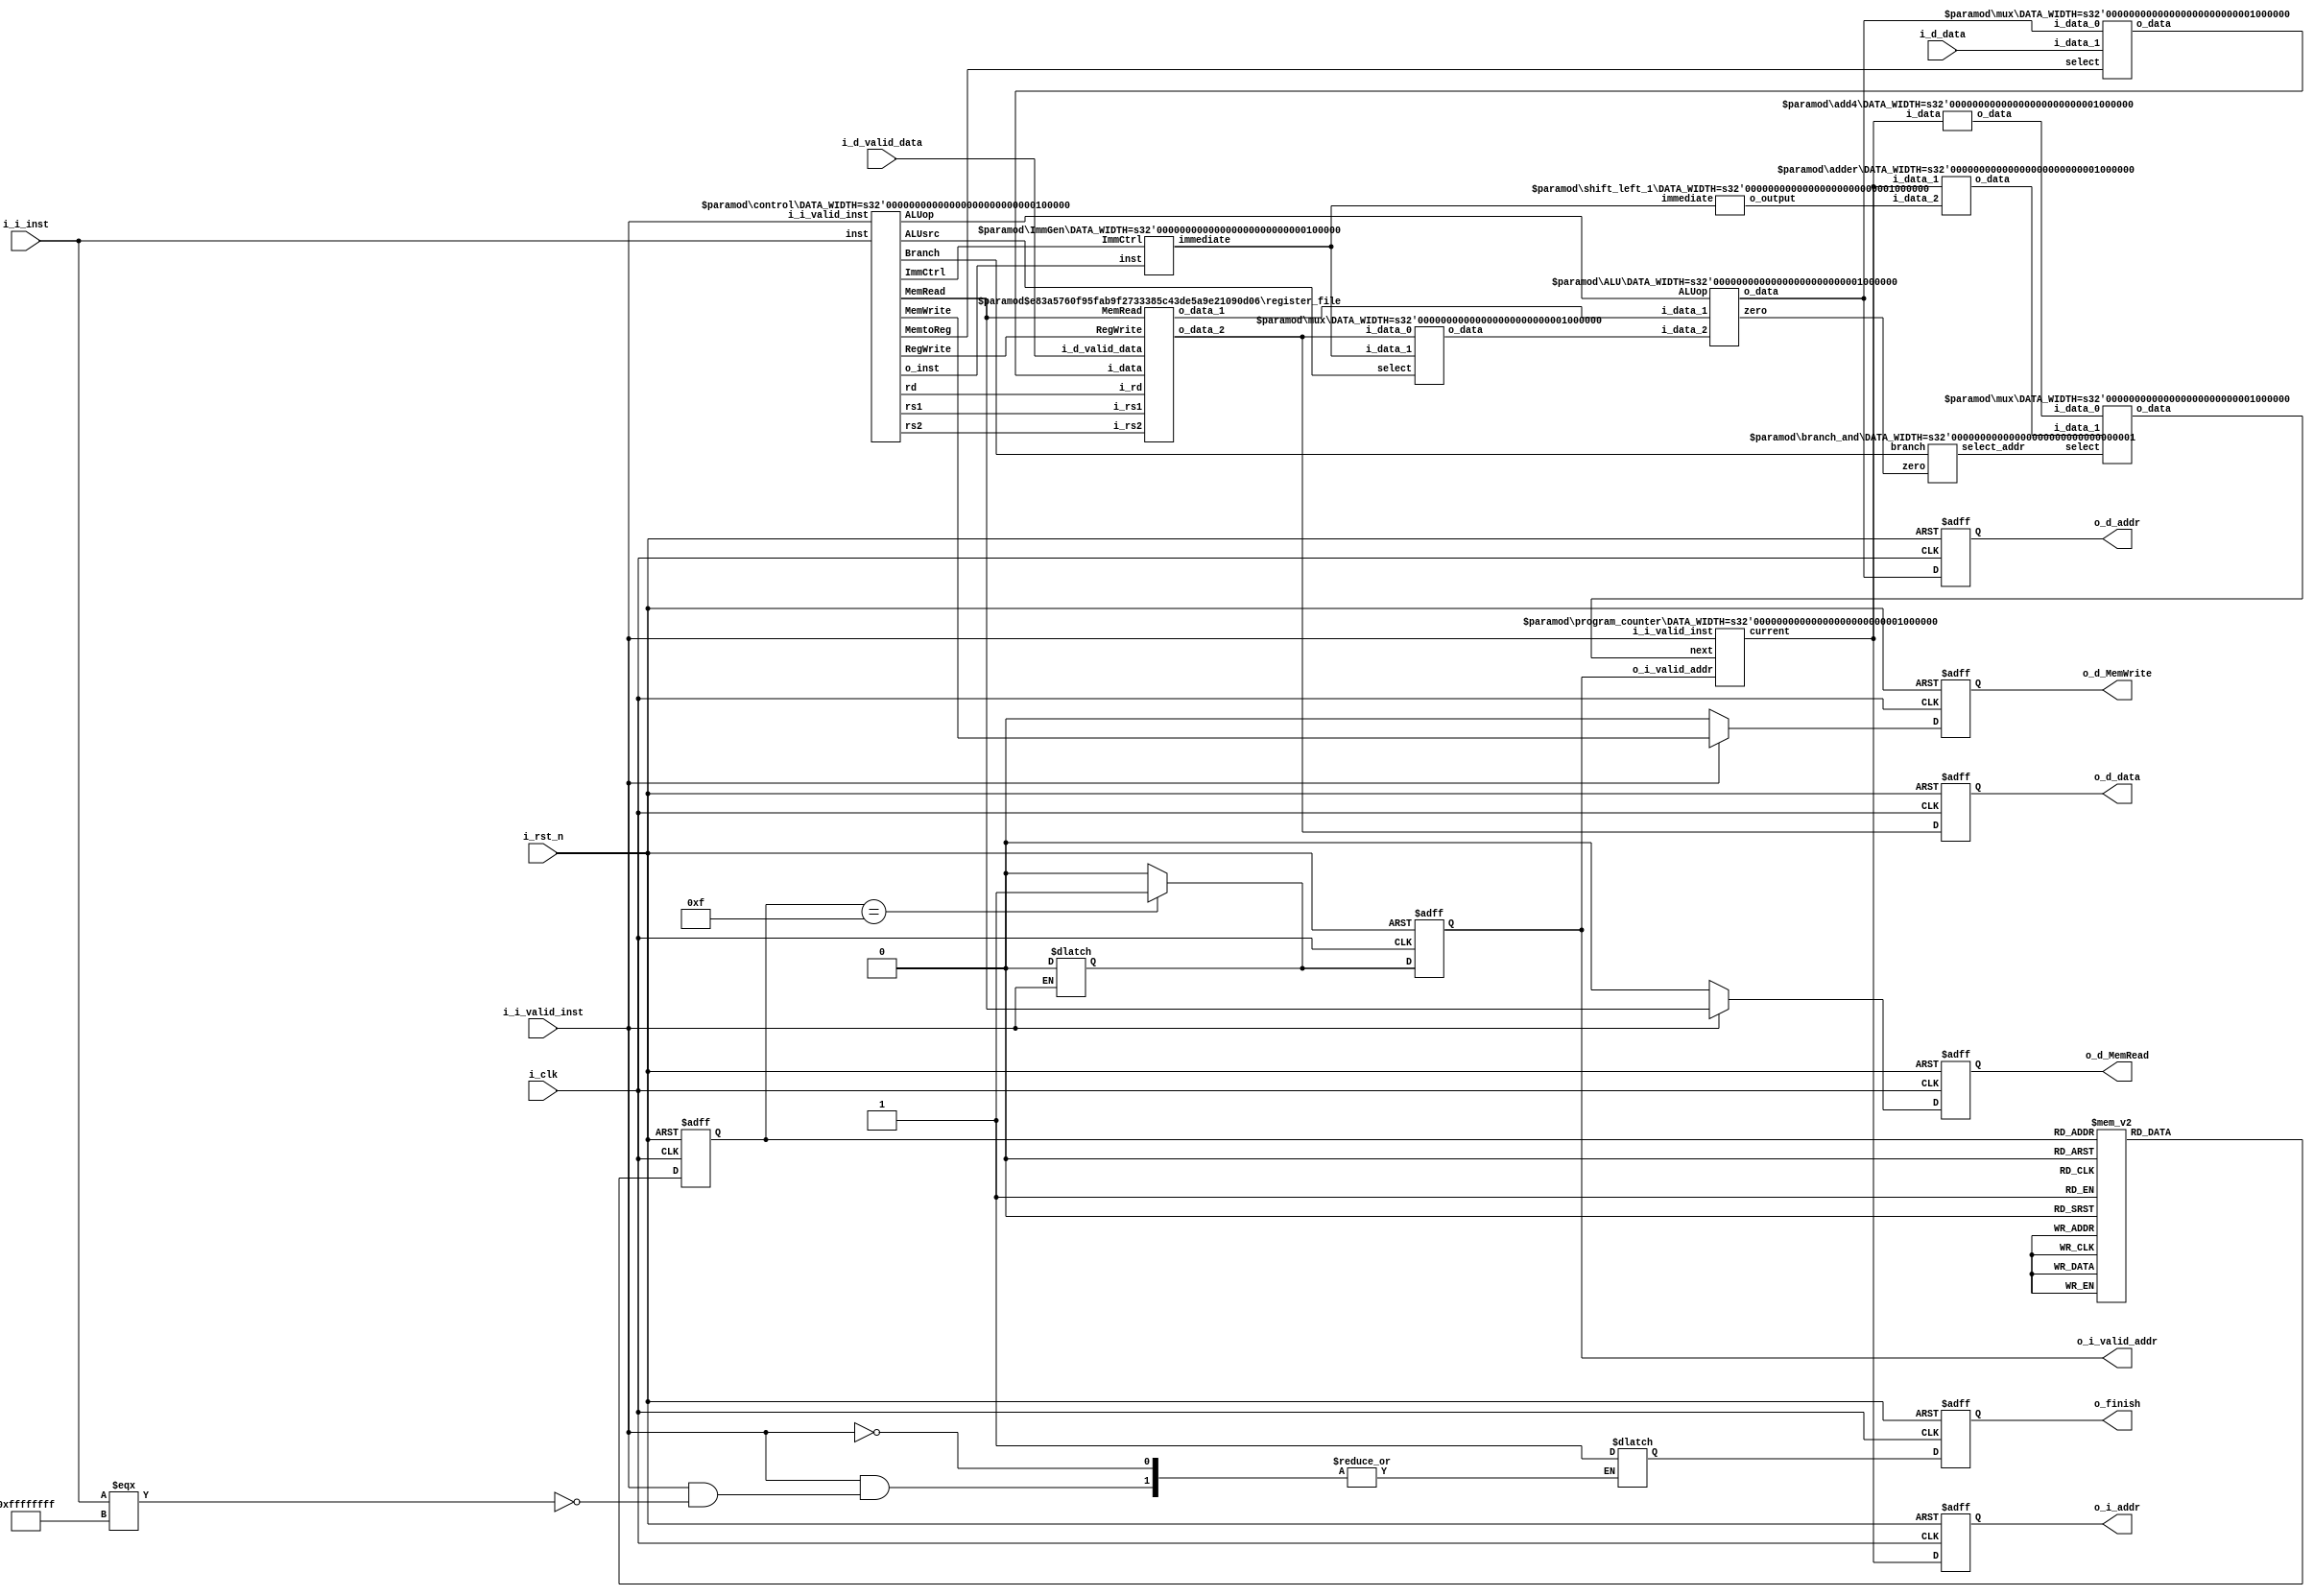
module cpu #( // Do not modify interface
	parameter ADDR_W = 64,
	parameter INST_W = 32,
	parameter DATA_W = 64
)(
    input                   i_clk,
    input                   i_rst_n,
    input                   i_i_valid_inst, // from instruction memory
    input  [ INST_W-1 : 0 ] i_i_inst,       // from instruction memory
    input                   i_d_valid_data, // from data memory
    input  [ DATA_W-1 : 0 ] i_d_data,       // from data memory
    output                  o_i_valid_addr, // to instruction memory
    output [ ADDR_W-1 : 0 ] o_i_addr,       // to instruction memory
    output [ DATA_W-1 : 0 ] o_d_data,       // to data memory
    output [ ADDR_W-1 : 0 ] o_d_addr,       // to data memory
    output                  o_d_MemRead,    // to data memory
    output                  o_d_MemWrite,   // to data memory
    output                  o_finish
);

// homework

	reg                  o_i_valid_addr_r, o_i_valid_addr_w; // to instruction memory
    reg [ ADDR_W-1 : 0 ] o_i_addr_r, o_i_addr_w;       // to instruction memory
    reg [ DATA_W-1 : 0 ] o_d_data_r, o_d_data_w;       // to data memory
    reg [ ADDR_W-1 : 0 ] o_d_addr_r, o_d_addr_w;       // to data memory
    reg                  o_d_MemRead_r, o_d_MemRead_w;   // to data memory
    reg                  o_d_MemWrite_r, o_d_MemWrite_w;   // to data memory
    reg                  o_finish_r, o_finish_w;
	
	assign o_i_valid_addr = o_i_valid_addr_r; // to instruction memory
    assign o_i_addr = o_i_addr_r;       // to instruction memory
    assign o_d_data = o_d_data_r;       // to data memory
    assign o_d_addr = o_d_addr_r;       // to data memory
    assign o_d_MemRead = o_d_MemRead_r;   // to data memory
    assign o_d_MemWrite = o_d_MemWrite_r;   // to data memory
    assign o_finish = o_finish_r;


	wire [1:0] Branch;
	wire MemRead;
	wire MemtoReg;
	wire [2:0] ALUop;
	wire MemWrite;
	wire ALUsrc;
	wire RegWrite;
	wire [1:0] ImmCtrl;

	wire [31:0] inst_imm;
	wire [4:0] rs1;
	wire [4:0] rs2;
	wire [4:0] rd;

	wire [63:0] immediate;

	wire [63:0] i_adder_2;

	wire [63:0] next_addr;
	wire [63:0] current_addr;
	wire [63:0] i_pc_mux_0;
	wire [63:0] i_pc_mux_1;

	wire [63:0] i_rs_data;
	wire [63:0] rs1_data;
	wire [63:0] rs2_data;

	wire [63:0] i_ALU_2;
	wire [63:0] ALU_result;
	wire zero;

	wire select_addr;

	reg [3:0] cs;
	reg [3:0] ns;
	



	control #(
		.DATA_WIDTH(32)
	) u_control (
		.inst(i_i_inst),
		.i_i_valid_inst(i_i_valid_inst),

		.Branch(Branch),
		.MemRead(MemRead),
		.MemtoReg(MemtoReg),
		.ALUop(ALUop),
		.MemWrite(MemWrite),
		.ALUsrc(ALUsrc),
		.RegWrite(RegWrite),
		.ImmCtrl(ImmCtrl),
		.o_inst(inst_imm),
		.rs1(rs1),
		.rs2(rs2),
		.rd(rd)
	);
	ImmGen #(
		.DATA_WIDTH(32)
	) u_ImmGen (
		.ImmCtrl(ImmCtrl),
		.inst(inst_imm),
		.immediate(immediate)
	);

	shift_left_1 #(
		.DATA_WIDTH(64)
	) u_shift_left_1 (
		.immediate(immediate),
		.o_output(i_adder_2)
	);

	program_counter #(
		.DATA_WIDTH(64)
	) u_pc (
		.i_i_valid_inst(i_i_valid_inst),
		.o_i_valid_addr(o_i_valid_addr),

		.next(next_addr), //input
		.current(current_addr)  //output
	);
	add4 #(
		.DATA_WIDTH(64)
	) u_add4 (
		.i_data(current_addr),
		.o_data(i_pc_mux_0)
	);

	adder #(
		.DATA_WIDTH(64)
	) u_adder (
		.i_data_1(current_addr),
		.i_data_2(i_adder_2),
		.o_data(i_pc_mux_1)
	);

	register_file #(
		.REG_WIDTH(5),
		.DATA_WIDTH(64)
	) u_register (
		.i_d_valid_data(i_d_valid_data),
		.MemRead(MemRead),
		.RegWrite(RegWrite),
		.i_rs1(rs1),
		.i_rs2(rs2),
		.i_rd(rd),
		.i_data(i_rs_data),
		.o_data_1(rs1_data),
		.o_data_2(rs2_data)
	);

	ALU #(
		.DATA_WIDTH(64)
	) u_ALU (
		.ALUop(ALUop),
		.i_data_1(rs1_data),
		.i_data_2(i_ALU_2),
		.o_data(ALU_result),
		.zero(zero)
	);

	branch_and #(
		.DATA_WIDTH(1)
	) u_branch_and (
		.branch(Branch),
		.zero(zero),
		.select_addr(select_addr)
	);

	mux #(
		.DATA_WIDTH(64)
	) mux_addr (
		.select(select_addr),
		.i_data_0(i_pc_mux_0),
		.i_data_1(i_pc_mux_1),
		.o_data(next_addr)
	);
	mux #(
		.DATA_WIDTH(64)
	) mux_ALUsrc (
		.select(ALUsrc),
		.i_data_0(rs2_data),
		.i_data_1(immediate),
		.o_data(i_ALU_2)
	);
	mux #(
		.DATA_WIDTH(64)
	) mux_data (
		.select(MemtoReg),
		.i_data_0(ALU_result),
		.i_data_1(i_d_data),
		.o_data(i_rs_data)
	);

	initial begin
		o_i_addr_w = 0;
		o_finish_w = 0;
		cs = 0;
		ns = 0;
	end
	always @(*) begin
		o_i_addr_w = current_addr;
		//$monitor("%d %d\n", o_i_addr_w, MemRead);
		if (i_i_valid_inst) begin
			o_i_valid_addr_w = 0;
			//$monitor("%b\n", i_i_inst);
			if (i_i_inst === 32'b11111111111111111111111111111111) begin
				o_finish_w = 1;
			end
			o_d_MemRead_w = MemRead;
			o_d_MemWrite_w = MemWrite;
		end else begin
			o_d_MemRead_w = 0;
			o_d_MemWrite_w = 0;
		end
		/*o_d_MemRead_w = MemRead;
		o_d_MemWrite_w = MemWrite;*/
		o_d_data_w = rs2_data;
		o_d_addr_w = ALU_result;
	end
	
	always @(*) begin
		if (cs == 15) begin
			o_i_valid_addr_w = 1;
		end else begin
			o_i_valid_addr_w = 0;
		end
	end

	always @(*) begin
		case (cs)
			0: ns = 1;
			1: ns = 2;
			2: ns = 3;
			3: ns = 4;
			4: ns = 5;
			5: ns = 6;
			6: ns = 7;
			7: ns = 8;
			8: ns = 9;
			9: ns = 10;
			10: ns = 11;
			11: ns = 12;
			12: ns = 13;
			13: ns = 14;
			14: ns = 15;
			15: ns = 0;
			
		endcase
	end

	always @(posedge i_clk or negedge i_rst_n) begin
		if (~i_rst_n) begin
			o_i_valid_addr_r <= 0; // to instruction memory
			o_i_addr_r <= 0;       // to instruction memory
			o_d_data_r <= 0;       // to data memory
			o_d_addr_r <= 0;       // to data memory
			o_d_MemRead_r <= 0;   // to data memory
			o_d_MemWrite_r <= 0;   // to data memory
			o_finish_r <= 0;
			cs <= 0;
		end else begin
			o_i_valid_addr_r <= o_i_valid_addr_w; // to instruction memory
			o_i_addr_r <= o_i_addr_w;       // to instruction memory
			o_d_data_r <= o_d_data_w;       // to data memory
			o_d_addr_r <= o_d_addr_w;       // to data memory
			o_d_MemRead_r <= o_d_MemRead_w;   // to data memory
			o_d_MemWrite_r <= o_d_MemWrite_w;   // to data memory
			o_finish_r <= o_finish_w;
			cs <= ns;
		end
	end
endmodule


module control #(
	parameter DATA_WIDTH = 32
)(
	input [DATA_WIDTH-1:0] inst,
	input i_i_valid_inst,

	output [1:0] Branch,
	output 		MemRead,
	output 		MemtoReg,
	output [2:0]	ALUop,
	output 		MemWrite,
	output		ALUsrc,
	output		RegWrite,
	output [1:0] ImmCtrl,
	output [DATA_WIDTH-1:0] o_inst,
	output [4:0] rs1,
	output [4:0] rs2,
	output [4:0] rd
);


	reg [6:0] opcode;
	reg [2:0] funct3;
	reg			bit30;
	
	
	reg [1:0]	Branch_r;
	reg 		MemRead_r;
	reg 		MemtoReg_r;
	reg [2:0]	ALUop_r;
	reg 		MemWrite_r;
	reg		ALUsrc_r;
	reg		RegWrite_r;
	reg [1:0]	ImmCtrl_r;
	reg [DATA_WIDTH-1:0] o_inst_r;
	reg [4:0] rs1_r;
	reg [4:0] rs2_r;
	reg [4:0] rd_r;

	assign 		Branch = Branch_r;
	assign 		MemRead = MemRead_r;
	assign 		MemtoReg = MemtoReg_r;
	assign 		ALUop = ALUop_r;
	assign 		MemWrite = MemWrite_r;
	assign		ALUsrc = ALUsrc_r;
	assign		RegWrite = RegWrite_r;
	assign 		ImmCtrl = ImmCtrl_r;
	assign 		o_inst = o_inst_r;
	assign 		rs1 = rs1_r;
	assign 		rs2 = rs2_r;
	assign		rd = rd_r;

	/*
	Branch:
		0: no branch
		1: beq
		2: bne
	ALUop:
		0: add
		1: sub
		2: xor
		3: or
		4: and
		5: slli
		6: srli

	ALUsrc:
		0: rs2
		1: imm

	ImmCtrl:  decide format
		0: imm[11:0]
		1: imm[11:5] [4:0]
		2: imm[12] [10:5] [4:1] [11]
	*/
	initial begin
		opcode = 0;
		funct3 = 0;
		bit30 = 0;
		rs1_r = 0;
		rs2_r = 0;
		rd_r = 0;
		Branch_r = 0;
		MemRead_r = 0;
		MemtoReg_r = 0;
		ALUop_r = 0;
		MemWrite_r = 0;
		ALUsrc_r = 0;
		RegWrite_r = 0;
		ImmCtrl_r = 0;
	end

	always @(*) begin
		if (i_i_valid_inst) begin
			o_inst_r = inst;
			opcode = inst[6:0];
			funct3 = inst[14:12];
			bit30 = inst[30];
			rs1_r = inst[19:15];
			rs2_r = inst[24:20];
			rd_r = inst[11:7];
			case(opcode)
				7'b0000011: begin //ld
					Branch_r = 0;
					MemRead_r = 1;
					MemtoReg_r = 1;
					ALUop_r = 0;
					MemWrite_r = 0;
					ALUsrc_r = 1;
					RegWrite_r = 1;
					ImmCtrl_r = 0;
				end
				7'b0100011: begin //sd
					Branch_r = 0;
					MemRead_r = 0;
					MemtoReg_r = 0;
					ALUop_r = 0;
					MemWrite_r = 1;
					ALUsrc_r = 1;
					RegWrite_r = 0;
					ImmCtrl_r = 1;
				end
				7'b1100011: begin //beq bne
					MemRead_r = 0;
					MemtoReg_r = 0;
					ALUop_r = 1;
					MemWrite_r = 0;
					ALUsrc_r = 0;
					RegWrite_r = 0;
					ImmCtrl_r = 2;
					case(funct3)
						3'b000: begin //beq
							Branch_r = 1;
						end
						3'b001: begin //bne
							Branch_r = 2;
						end
						default begin
							Branch_r = 0;
						end
					endcase

				end
				7'b0010011: begin // ALU i type
					Branch_r = 0;
					MemRead_r = 0;
					MemtoReg_r = 0;
					MemWrite_r = 0;
					ALUsrc_r = 1;
					RegWrite_r = 1;
					ImmCtrl_r = 0;
					case(funct3)
						3'b000: begin //addi
							ALUop_r = 0;
						end
						3'b100: begin //xori
							ALUop_r = 2;
						end
						3'b110: begin //ori
							ALUop_r = 3;
						end
						3'b111: begin //andi
							ALUop_r = 4;
						end
						3'b001: begin //addi
							ALUop_r = 5;
						end
						3'b101: begin //xori
							ALUop_r = 6;
						end
						default begin
							ALUop_r = 0;
						end
					endcase
				end
				7'b0110011: begin //ALU r type
					Branch_r = 0;
					MemRead_r = 0;
					MemtoReg_r = 0;
					MemWrite_r = 0;
					ALUsrc_r = 0;
					RegWrite_r = 1;
					ImmCtrl_r = 0;
					case(funct3)
						3'b000: begin //add sub
							if (bit30 == 0) begin
								ALUop_r = 0;
							end else begin
								ALUop_r = 1;
							end
						end
						3'b100: begin //xor
							ALUop_r = 2;
						end
						3'b110: begin //or
							ALUop_r = 3;
						end
						3'b111: begin //and
							ALUop_r = 4;
						end
						default begin
							ALUop_r = 0;
						end
					endcase
				end
				default begin
					Branch_r = 0;
					MemRead_r = 0;
					MemtoReg_r = 0;
					ALUop_r = 0;
					MemWrite_r = 0;
					ALUsrc_r = 0;
					RegWrite_r = 0;
					ImmCtrl_r = 0;
				end
			endcase
		end
	end

endmodule

module mux #(
	parameter DATA_WIDTH = 64
)(
	input 					select,
	input  [DATA_WIDTH-1:0] i_data_0,
    input  [DATA_WIDTH-1:0] i_data_1,
	output [DATA_WIDTH-1:0] o_data
);
	reg [DATA_WIDTH-1:0] o_data_r;
	
	assign o_data = o_data_r;
	/*initial begin
		o_data_r = 0;
	end*/

	always @(*) begin
		if (select === 1'b0) begin
			o_data_r = i_data_0;
		end else begin
			o_data_r = i_data_1;
		end
	end

endmodule


module ImmGen #(
	parameter DATA_WIDTH = 32
)(
	input [1:0] ImmCtrl,
	input [DATA_WIDTH-1:0] inst,
	output [2*DATA_WIDTH-1:0] immediate
);

	reg [2*DATA_WIDTH-1:0] immediate_r;

	assign immediate = immediate_r;

	always @(*) begin
		immediate_r = 0;
		case (ImmCtrl)
			2'b00: begin
				immediate_r[11:0] = inst[31:20];
			end
			2'b01: begin
				immediate_r[11:5] = inst[31:25];
				immediate_r[4:0] = inst[11:7];
			end
			2'b10: begin
				/*immediate_r[12] = inst[31];
				immediate_r[10:5] = inst[30:25];
				immediate_r[4:1] = inst[11:8];
				immediate_r[11] = inst[7];*/

				immediate_r[11] = inst[31];
				immediate_r[9:4] = inst[30:25];
				immediate_r[3:0] = inst[11:8];
				immediate_r[10] = inst[7];
			end
			default begin
				immediate_r = 0;
			end
		endcase
	end

endmodule

module shift_left_1 #(
	parameter DATA_WIDTH = 64
)(
	input [DATA_WIDTH-1:0] immediate,
	output [DATA_WIDTH-1:0] o_output
);

	reg [DATA_WIDTH-1:0] o_output_r;

	assign o_output = o_output_r;

	always @(*) begin
		o_output_r = immediate << 1;
	end

endmodule

module program_counter #(
	parameter DATA_WIDTH = 64
)(
	input i_i_valid_inst, ///test
	input o_i_valid_addr, ///test
	input [DATA_WIDTH -1:0] next,
	output [DATA_WIDTH-1:0] current
);

	//reg [DATA_WIDTH-1:0] current_r;
	reg signed [DATA_WIDTH:0] current_r;
	assign current = current_r[DATA_WIDTH-1:0];

	initial begin
		current_r = -4; //0;
	end

	//always @(*) begin
	always @(negedge i_i_valid_inst) begin
		//if (i_i_valid_inst) begin
			current_r = next;
		//end
	end
	/*always @(posedge o_i_valid_addr) begin
		//if (i_i_valid_inst) begin
			current_r = next;
		//end
	end*/

endmodule

module add4 #(
	parameter DATA_WIDTH = 64
)(
	input [DATA_WIDTH-1:0] i_data,
	output [DATA_WIDTH-1:0] o_data
);
	
	reg [DATA_WIDTH-1:0] o_data_r;

	assign o_data = o_data_r;
	
	initial begin
		o_data_r = 0;
	end
	always @(*) begin
		o_data_r = i_data + 4;
	end

endmodule

module adder #(
	parameter DATA_WIDTH = 64
)(
	input [DATA_WIDTH-1:0] i_data_1,
	input [DATA_WIDTH-1:0] i_data_2,
	output [DATA_WIDTH-1:0] o_data
);

	reg [DATA_WIDTH-1:0] o_data_r;

	assign o_data = o_data_r;
	initial begin
		o_data_r = 0;
	end
	always @(*) begin 
		o_data_r = i_data_1 + i_data_2;
	end

endmodule


module register_file #(
	parameter REG_WIDTH = 5,
	parameter DATA_WIDTH = 64
)(
	input i_d_valid_data,
	input MemRead,
	input RegWrite,
	input [REG_WIDTH-1:0] i_rs1,
	input [REG_WIDTH-1:0] i_rs2,
	input [REG_WIDTH-1:0] i_rd,
	input [DATA_WIDTH-1:0] i_data,
	output [DATA_WIDTH-1:0] o_data_1,
	output [DATA_WIDTH-1:0] o_data_2
);

	reg [DATA_WIDTH-1:0] register_array [0:31];
	reg [DATA_WIDTH-1:0] o_data_1_r;
	reg [DATA_WIDTH-1:0] o_data_2_r;

	assign o_data_1 = o_data_1_r;
	assign o_data_2 = o_data_2_r;

	integer i;
	initial begin
		for (i = 0; i < 32; i = i + 1) begin 
			register_array[i] = 0;
		end
	end

	always @(*) begin
		o_data_1_r = register_array[i_rs1];
		o_data_2_r = register_array[i_rs2];
		if (RegWrite && (i_d_valid_data || ~MemRead)) begin
			register_array[i_rd] = i_data;
		end
	end
endmodule

module ALU #(
	parameter DATA_WIDTH = 64
)(
	input [2:0] ALUop,
	input [DATA_WIDTH-1:0] i_data_1,
	input [DATA_WIDTH-1:0] i_data_2,
	output [DATA_WIDTH-1:0] o_data,
	output zero
);

	reg [DATA_WIDTH-1:0] o_data_r;
	reg zero_r;

	assign o_data = o_data_r;
	assign zero = zero_r;

	always @(*) begin
		case (ALUop)
			3'b000: begin
				o_data_r = i_data_1 + i_data_2;
				zero_r = 0;
			end
			3'b001: begin
				o_data_r = i_data_1 - i_data_2;
				//if (o_data_r === 64'd0) begin
				if (i_data_1 === i_data_2) begin
					zero_r = 1;
				end else begin
					zero_r = 0;
				end
			end
			3'b010: begin
				o_data_r = i_data_1 ^ i_data_2;
				zero_r = 0;
			end
			3'b011: begin
				o_data_r = i_data_1 | i_data_2;
				zero_r = 0;
			end
			3'b100: begin
				o_data_r = i_data_1 & i_data_2;
				zero_r = 0;
			end
			3'b101: begin
				o_data_r = i_data_1 << i_data_2;
				zero_r = 0;
			end
			3'b110: begin
				o_data_r = i_data_1 >> i_data_2;
				zero_r = 0;
			end
			default begin
				o_data_r = 0;
				zero_r = 0;
			end
		endcase
	end

endmodule

module branch_and #(
	parameter DATA_WIDTH = 1
)(
	input [1:0] branch,
	input zero,
	output select_addr
);

	reg select_addr_r;

	assign select_addr = select_addr_r;

	always @(*) begin
		if (zero && branch === 2'b01) begin
			select_addr_r = 1;
		end else if (~zero && branch === 2'b10) begin
			select_addr_r = 1;
		end else begin
			select_addr_r = 0;
		end
	end

endmodule